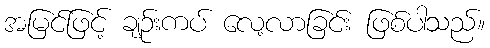
အမြင်ဖြင့် ချဉ်းကပ် လေ့လာခြင်း ဖြစ်ပါသည်။